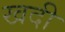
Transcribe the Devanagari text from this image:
खदी